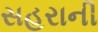
સહરાની